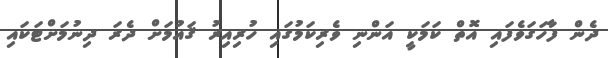
ދެން ފާހަގަވެފައި އޮތް ކަމަކީ އަންނި ވެރިކަމުގައި ހުރިއިރު ޤައުމަށް ދެރަ ދިނުމަށްޓަކައި